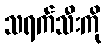
သရက်သီးကို